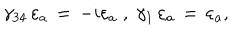
\gamma _ { 3 4 } \, \varepsilon _ { a } \, = \, - i \varepsilon _ { a } \; , \; \gamma _ { 1 } \, \varepsilon _ { a } \, = \, \varepsilon _ { a } ,